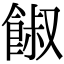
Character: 𩜂